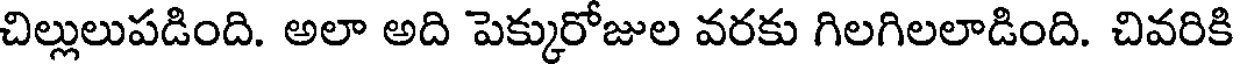
చిల్లులుపడింది. అలా అది పెక్కురోజుల వరకు గిలగిలలాడింది. చివరికి